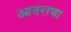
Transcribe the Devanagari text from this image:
आदराचा